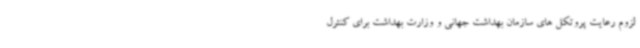
لزوم رعایت پروتکل های سازمان بهداشت جهانی و وزارت بهداشت برای کنترل